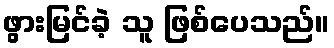
ဖွားမြင်ခဲ့ သူ ဖြစ်ပေသည်။